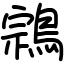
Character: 鶎